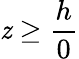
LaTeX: \mathit{z}\geq\frac{{h}}{{0}}